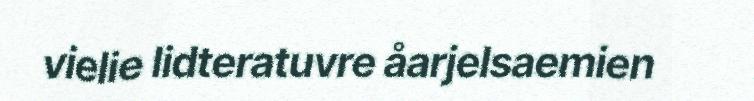
vielie lidteratuvre åarjelsaemien